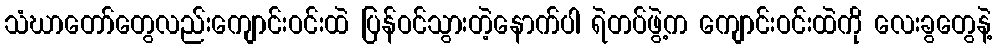
သံဃာတော်တွေလည်းကျောင်းဝင်းထဲ ပြန်ဝင်သွားတဲ့နောက်ပါ ရဲတပ်ဖွဲ့က ကျောင်းဝင်းထဲကို လေးခွတွေနဲ့